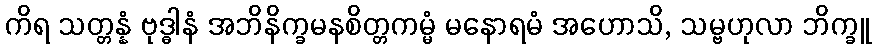
ကိရ သတ္တန္နံ ဗုဒ္ဓါနံ အဘိနိက္ခမနစိတ္တကမ္မံ မနောရမံ အဟောသိ, သမ္ဗဟုလာ ဘိက္ခူ